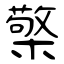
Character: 檠